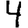
Digit: 4